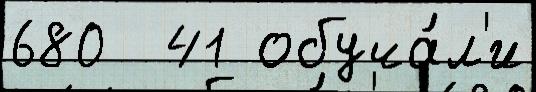
680  41 обуча́л'и